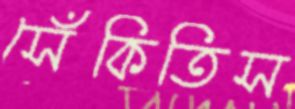
সেঁকিতিস